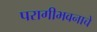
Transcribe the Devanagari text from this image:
परागीभवनाचे